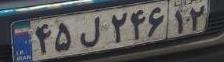
۴۵ل۲۴۶۱۲